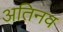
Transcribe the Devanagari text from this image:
अतिनव